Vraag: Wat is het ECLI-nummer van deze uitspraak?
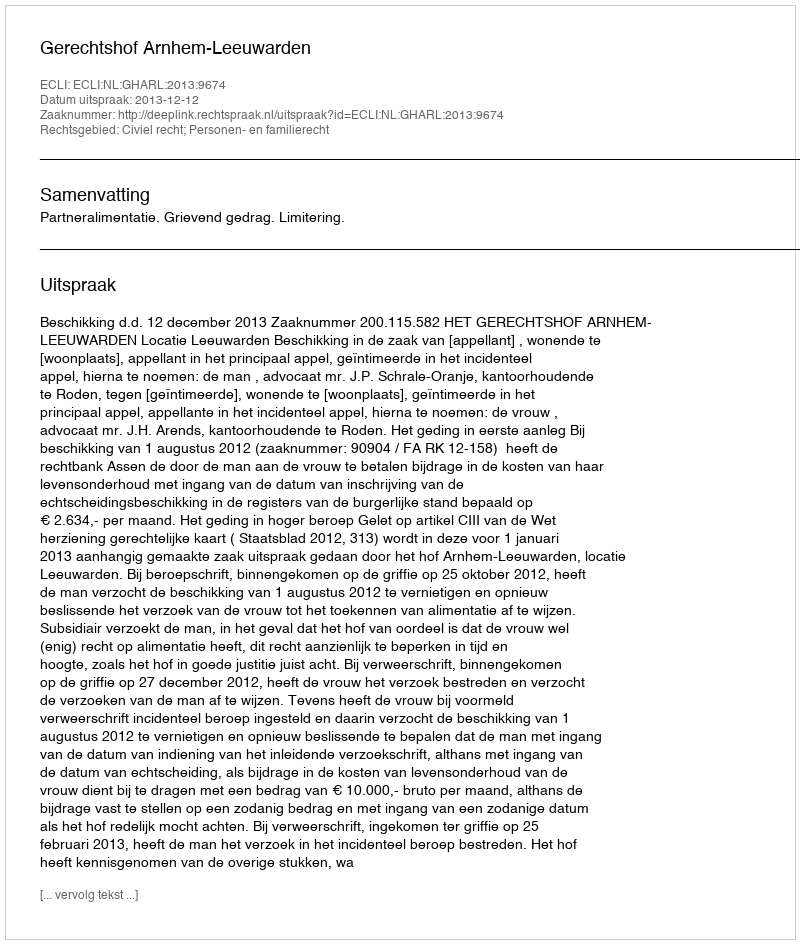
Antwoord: ECLI:NL:GHARL:2013:9674